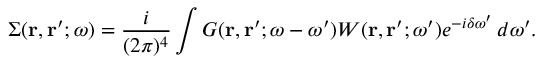
\Sigma ( \mathbf { r } , \mathbf { r } ^ { \prime } ; \omega ) = \frac { i } { ( 2 \pi ) ^ { 4 } } \int G ( \mathbf { r } , \mathbf { r } ^ { \prime } ; \omega - \omega ^ { \prime } ) W ( \mathbf { r } , \mathbf { r } ^ { \prime } ; \omega ^ { \prime } ) e ^ { - i \delta \omega ^ { \prime } } \, d \omega ^ { \prime } .